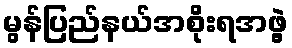
မွန်ပြည်နယ်အစိုးရအဖွဲ့